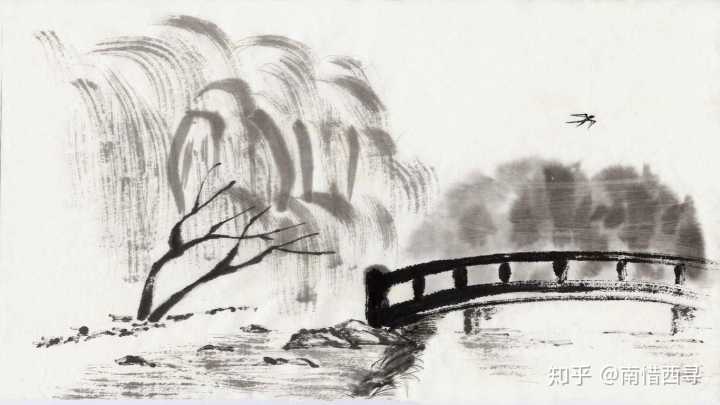
蓝桥春雪君归日，秦岭秋风我去时。